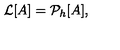
{ \cal { L } } [ A ] = { \cal { P } } _ { h } [ A ] ,